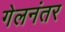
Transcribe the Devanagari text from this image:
गेलनंतर